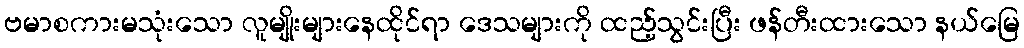
ဗမာစကားမသုံးသော လူမျိုးများနေထိုင်ရာ ဒေသများကို ထည့်သွင်းပြီး ဖန်တီးထားသော နယ်မြေ